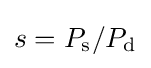
s=P_{\rm {s}}/P_{\rm {d}}